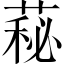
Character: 𦷬